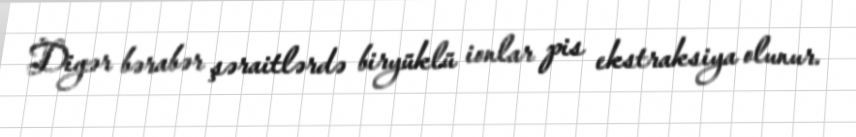
Digər bərabər şəraitlərdə biryüklü ionlar pis ekstraksiya olunur.